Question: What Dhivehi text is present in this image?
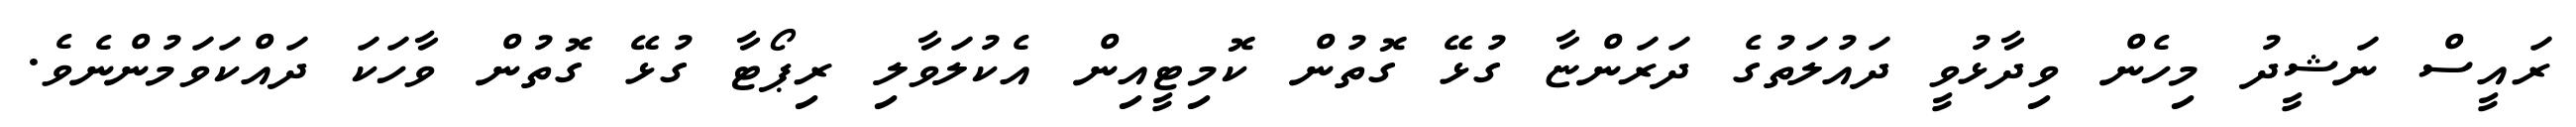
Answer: ރައީސް ނަޝީދު މިހެން ވިދާޅުވީ ދައުލަތުގެ ދަރަންޏާ ގުޅޭ ގޮތުން ކޮމިޓީއިން އެކުލަވާލި ރިޕޯޓާ ގުޅޭ ގޮތުން ވާހަކަ ދައްކަވަމުންނެވެ.